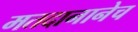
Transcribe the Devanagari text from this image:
मतदानानेच